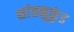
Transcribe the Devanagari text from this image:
शांतनुकुंड